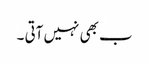
ب بھی نہیں آتی ۔